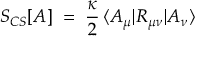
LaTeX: S _ { C S } [ A ] \; = \; \frac { \kappa } { 2 } \, \langle A _ { \mu } | R _ { \mu \nu } | A _ { \nu } \rangle